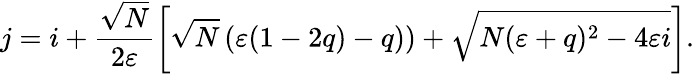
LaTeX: j=i+\frac{\sqrt{N}}{2\varepsilon}\left[\sqrt{N}\left(\varepsilon(1-2q)-q)\right)+\sqrt{N(\varepsilon+q)^{2}-4\varepsilon i}\right].